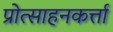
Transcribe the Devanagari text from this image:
प्रोत्साहनकर्त्ता